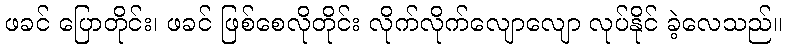
ဖခင် ပြောတိုင်း၊ ဖခင် ဖြစ်စေလိုတိုင်း လိုက်လိုက်လျောလျော လုပ်နိုင် ခဲ့လေသည်။